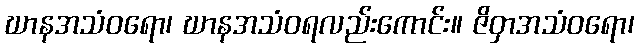
ဃာနအသံဝရော၊ ဃာနအသံဝရလည်းကောင်း။ ဇိဝှာအသံဝရော၊